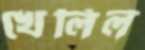
খেলিল